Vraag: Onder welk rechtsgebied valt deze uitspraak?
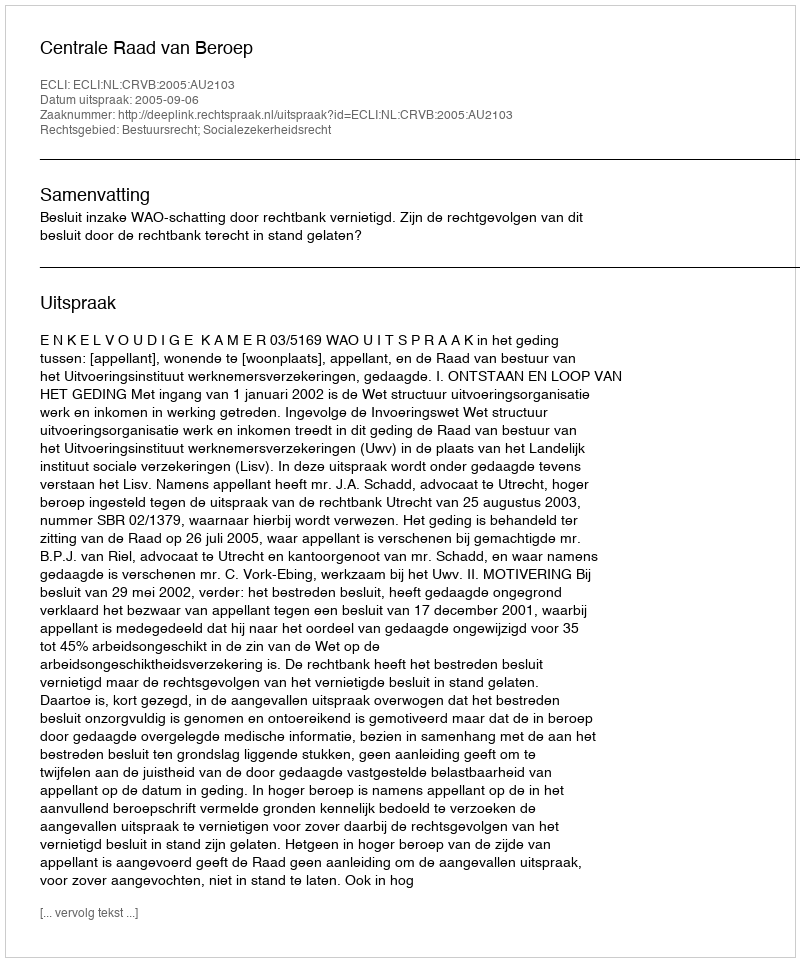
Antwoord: Bestuursrecht; Socialezekerheidsrecht